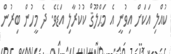
ކުއްލި އަކަށް އިވުނީ އެ މަޙްލޫޤް ކުކުރާލި އަޑެވެ. ދެ މީހުން ބިރުން